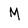
Character: M